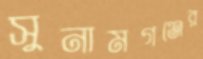
সুনামগঞ্জের